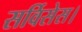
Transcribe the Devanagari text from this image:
सर्विसेस।